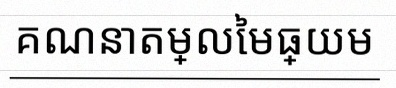
គណនាតម្លៃមធ្យម